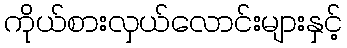
ကိုယ်စားလှယ်လောင်းများနှင့်